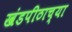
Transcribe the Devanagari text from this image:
खंडपीठाच्या